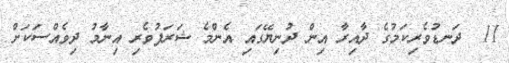
11  ދަނޑުވެރިކަމުގެ ދާއިރާ އިން ދުނިޔޭގައި އެންމެ ޝަރަފުވެރި އިނާމު ދިވެއްސަކަށް